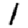
Digit: 1